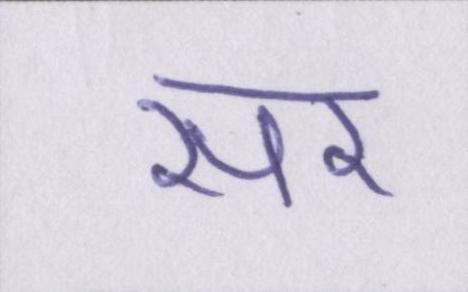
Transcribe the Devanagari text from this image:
सर